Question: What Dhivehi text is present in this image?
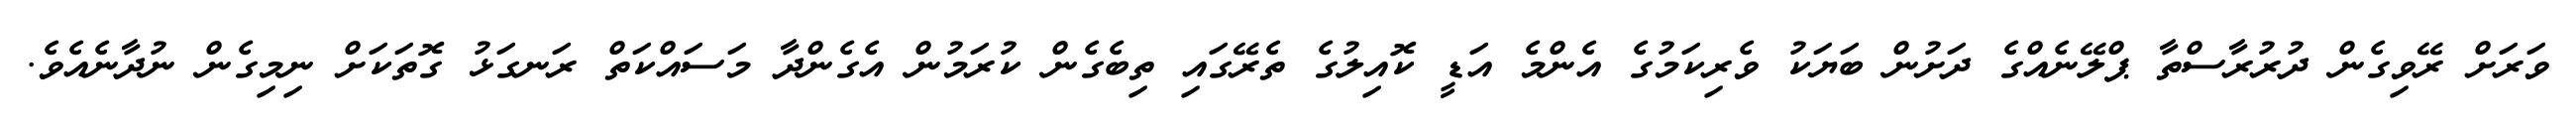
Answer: ވަރަށް ރޭވިގެން ދުރުރާސްތާ ޕްލޭނެއްގެ ދަށުން ބަޔަކު ވެރިކަމުގެ އެންމެ އަޑީ ކޮއިލުގެ ތެރޭގައި ތިބެގެން ކުރަމުން އެގެންދާ މަސައްކަތް ރަނގަޅު ގޮތަކަށް ނިމިގެން ނުދާނެއެވެ.